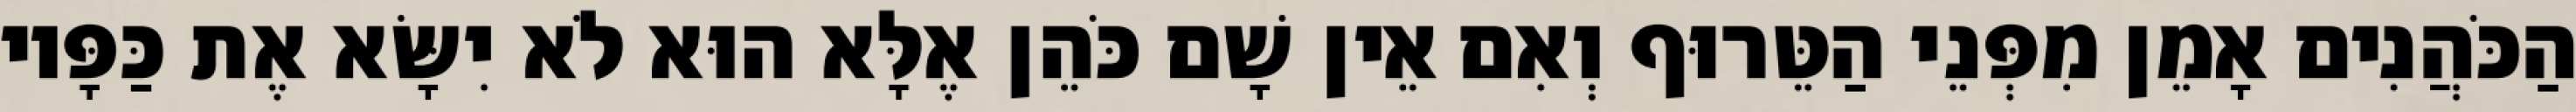
הַכֹּהֲנִים אָמֵן מִפְּנֵי הַטֵּרוּף וְאִם אֵין שָׁם כֹּהֵן אֶלָּא הוּא לֹא יִשָּׂא אֶת כַּפָּיו